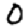
Digit: 0